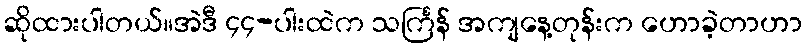
ဆိုထားပါတယ်။အဲဒီ ၄၄-ပါးထဲက သင်္ကြန် အကျနေ့တုန်းက ဟောခဲ့တာဟာ